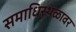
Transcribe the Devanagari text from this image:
समाधिस्थळावर